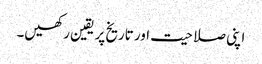
اپنی صلاحیت اور تاریخ پر یقین رکھیں۔